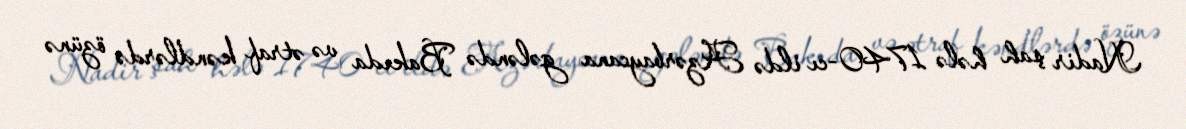
Nadir şah hələ 1740-cı ildə Azərbaycana gələndə Bakıda və ətraf kəndlərdə özünə